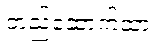
တည်ဆောက်ထား